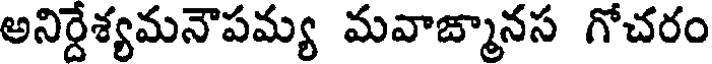
అనిర్దేశ్యమనౌపమ్య మవాజ్మానస గోచరం